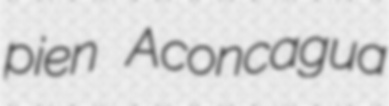
pien Aconcagua